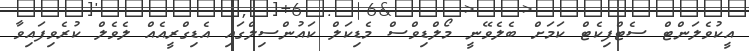
އީކުވެލަންޓް ސެޓްފިކެޓް ކަމަށް ބެލެވޭނީ މޯލްޑިވްސް މެޑިކަލް ކައުންސިލްގައި އެޑިގްރީއެއް ލެވެލް ކުރެވިފައިވާ